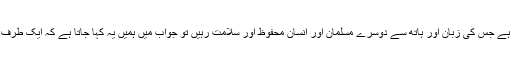
ہم احادیث کا حوالہ دے کر اپنے نبی کا نقطہ نظر پیش کرتے ہیں کہ انھوں نے فرمایا ہے کہ مسلمان وہ ہے جس کی زبان اور ہاتھ سے دوسرے مسلمان اور انسان محفوظ اور سلامت رہیں تو جواب میں ہمیں یہ کہا جاتا ہے کہ ایک طرف کتابوں میں لکھی ہوئی عبارتیں ہیں اور دوسری طرف وحشت ناک طریقے سے ناچتی ہوئی حقیقتیں ہیں۔